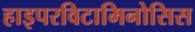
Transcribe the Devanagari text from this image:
हाइपरविटामिनोसिस